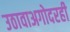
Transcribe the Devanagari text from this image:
उठावाअगोदरही